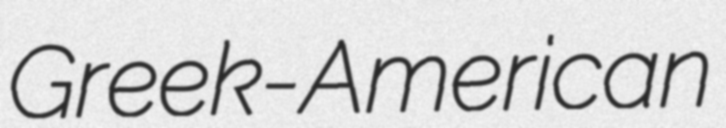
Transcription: Greek-American